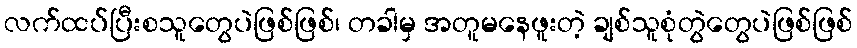
လက်ထပ်ပြီးစသူတွေပဲဖြစ်ဖြစ်၊ တခါမှ အတူမနေဖူးတဲ့ ချစ်သူစုံတွဲတွေပဲဖြစ်ဖြစ်